Report of the Municipal Commissioner on the plague in Bombay for the year ending 31st May... - Volume 2
Disease focus: Plague
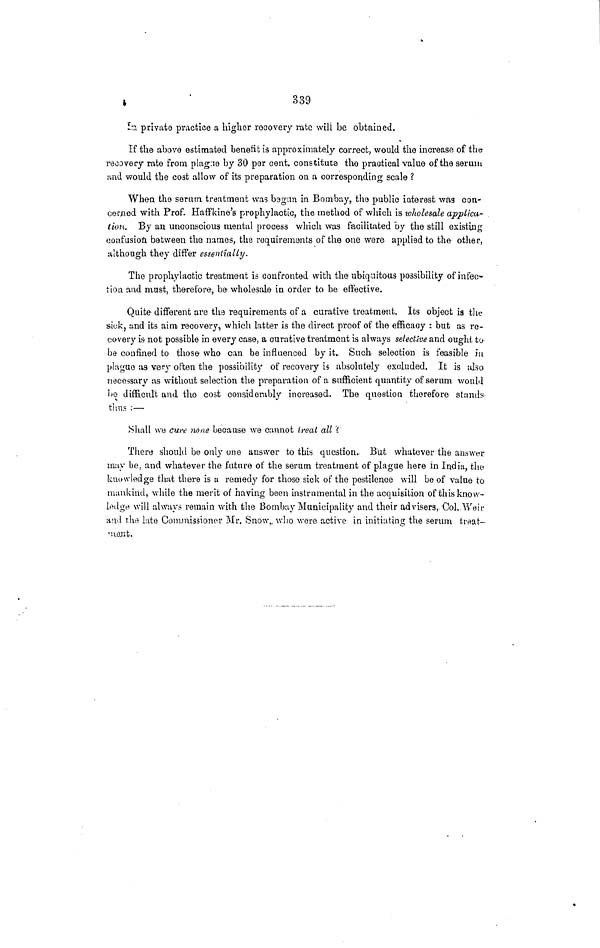
339
In private practice a higher recovery rate will be obtained.
If the above estimated benefit is approximately correct, would the increase of the
recovery rate from plague by 30 per cent. constitute the practical value of the serum
and would the co3t allow of its preparation on a corresponding scale ?
When the serum treatment was begun in Bombay, the public interest was con-
cerned with Prof. Haffkine's prophylactic, the method of which is wholesale applica-
tion. By an unconscious mental process which was facilitated by the still existing
confusion, between the names, the requirements of the one were applied to the other,
although they differ essentially.
The prophylactic treatment is confronted with the ubiquitous possibility of infec-
tion and must, therefore, be wholesale in order to be effective.
Quite different are the requirements of a curative treatment. Its object is the
sick, and its aim recovery, which latter is the direct proof of the efficacy : but as re-
covery is not possible in every case, a curative treatment is always selective and ought to
be confined to those who can be influenced by it. Such selection is feasible in
plague as very often the possibility of recovery is absolutely excluded. It is also
necessary as without selection the preparation of a sufficient quantity of serum would
be difficult and the cost considerably increased. The question therefore stands
thus :—
Shall we cure none because we cannot treat all ?
There should be only one answer to this question. But whatever the answer
may be, and whatever the future of the serum treatment of plague here in India, the
knowledge that there is a remedy for those sick of the pestilence will be of value to
mankind, while the merit of having been instrumental in the acquisition of this know-
ledge will always remain with the Bombay Municipality and their advisers, Col. Weir
and the late Commissioner Mr. Snow, who were active in initiating the serum treat-
ment.